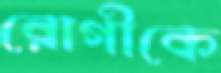
রোগীকে